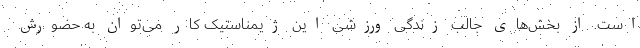
است. از بخش‌های جالب زندگی ورزشی این ژیمناستیک کار می‌توان به حضورش